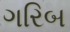
ગરિબ